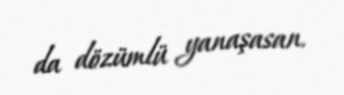
da dözümlü yanaşasan.